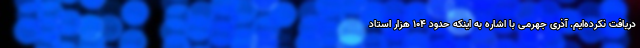
دریافت نکرده‌ایم. آذری جهرمی با اشاره به اینکه حدود ۱۰۴ هزار استاد